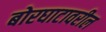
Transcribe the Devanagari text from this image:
बोरघाटावरील